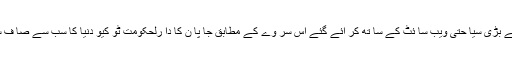
دنیا کے سب سے بڑی سیا حتی ویب سا ئٹ کے سا تھ کر ائے گئے اس سر وے کے مطابق جا پا ن کا دا رلحکومت ٹو کیو دنیا کا سب سے صا ف ستھر ا شہرہے ۔